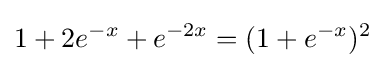
1+2e^{-x}+e^{-2x}=(1+e^{-x})^{2}